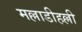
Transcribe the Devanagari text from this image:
मल्लाडीहल्ली